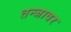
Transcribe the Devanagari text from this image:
तन्जावर